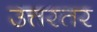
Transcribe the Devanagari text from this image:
उत्तरतर